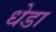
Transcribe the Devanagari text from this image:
धेडा